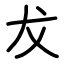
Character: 犮